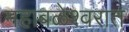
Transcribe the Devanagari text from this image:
महाबळेश्वरात